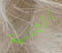
بالثانية